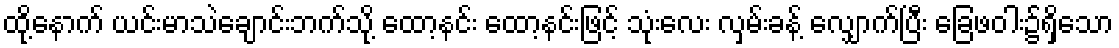
ထို့နောက် ယင်းမာသဲချောင်းဘက်သို့ ထော့နင်း ထော့နင်းဖြင့် သုံးလေး လှမ်းခန့် လျှောက်ပြီး ခြေဖဝါး၌ရှိသော